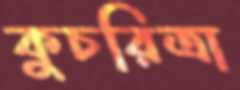
কুচরিত্রা